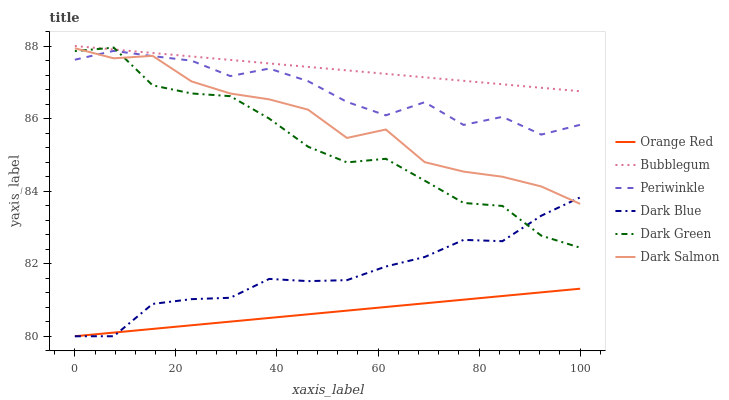
| xaxis_label | Orange Red | Bubblegum | Periwinkle | Dark Blue | Dark Green | Dark Salmon |
 | --- | --- | --- | --- | --- | --- | --- |
 | 0 | 80 | 88 | 87.6 | 80 | 87.9 | 87.9 |
 | 7.69 | 80.1 | 87.9 | 87.9 | 80 | 88 | 87.7 |
 | 15.4 | 80.2 | 87.8 | 87.7 | 80.9 | 86.9 | 87.7 |
 | 23.1 | 80.3 | 87.7 | 87.6 | 81 | 86.7 | 87 |
 | 30.8 | 80.4 | 87.6 | 87.2 | 81.1 | 86.6 | 86.7 |
 | 38.5 | 80.5 | 87.5 | 87.4 | 81.6 | 86 | 86.5 |
 | 46.2 | 80.6 | 87.4 | 87 | 81.5 | 85.2 | 86.2 |
 | 53.8 | 80.7 | 87.3 | 86.5 | 81.5 | 84.8 | 85.5 |
 | 61.5 | 80.8 | 87.2 | 86.1 | 81.9 | 84.9 | 85.7 |
 | 69.2 | 80.9 | 87.1 | 86.5 | 82.2 | 84.3 | 84.8 |
 | 76.9 | 81 | 87 | 85.8 | 82.7 | 83.7 | 84.5 |
 | 84.6 | 81.1 | 86.9 | 86 | 82.6 | 83.6 | 84.4 |
 | 92.3 | 81.2 | 86.8 | 85.6 | 83.3 | 82.8 | 84.1 |
 | 100 | 81.3 | 86.8 | 85.8 | 83.8 | 82.4 | 83.6 |